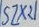
Text: SZX21